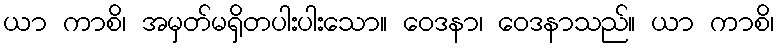
ယာ ကာစိ၊ အမှတ်မရှိတပါးပါးသော။ ဝေဒနာ၊ ဝေဒနာသည်။ ယာ ကာစိ၊